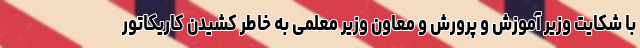
با شکایت وزیر آموزش و پرورش و معاون وزیر معلمی به خاطر کشیدن کاریکاتور